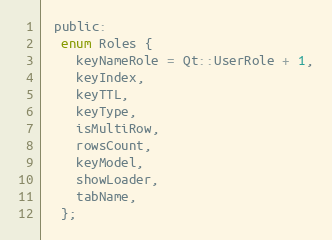
Language: C
 public:
  enum Roles {
    keyNameRole = Qt::UserRole + 1,
    keyIndex,
    keyTTL,
    keyType,
    isMultiRow,
    rowsCount,
    keyModel,
    showLoader,
    tabName,
  };